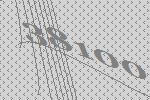
38100